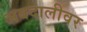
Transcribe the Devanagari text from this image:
अबदालीवर